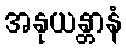
အနုယန္တာနံ